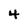
Character: 4